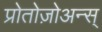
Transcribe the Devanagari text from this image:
प्रोतोज़ोअन्स्